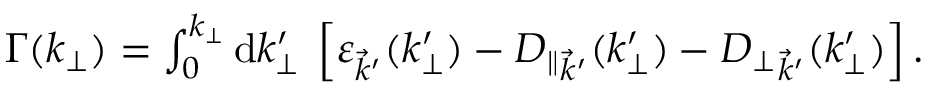
\begin{array} { r } { \Gamma ( k _ { \perp } ) = \int _ { 0 } ^ { k _ { \perp } } \mathrm { d } k _ { \perp } ^ { \prime } \: \left[ \varepsilon _ { \vec { k } ^ { \prime } } ( k _ { \perp } ^ { \prime } ) - { D _ { \parallel } } _ { \vec { k } ^ { \prime } } ( k _ { \perp } ^ { \prime } ) - { D _ { \perp } } _ { \vec { k } ^ { \prime } } ( k _ { \perp } ^ { \prime } ) \right] . } \end{array}